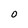
Character: O